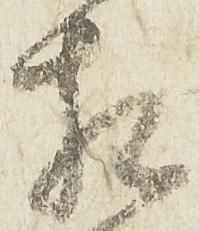
相